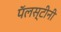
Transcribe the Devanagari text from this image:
पॅलस्टीनी